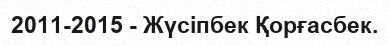
2011-2015 - Жүсіпбек Қорғасбек.